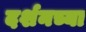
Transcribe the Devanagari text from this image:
दर्शनच्या